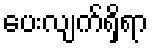
ပေးလျက်ရှိရာ